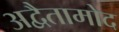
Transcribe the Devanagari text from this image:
अद्वैतामोद